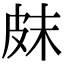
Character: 𤿗